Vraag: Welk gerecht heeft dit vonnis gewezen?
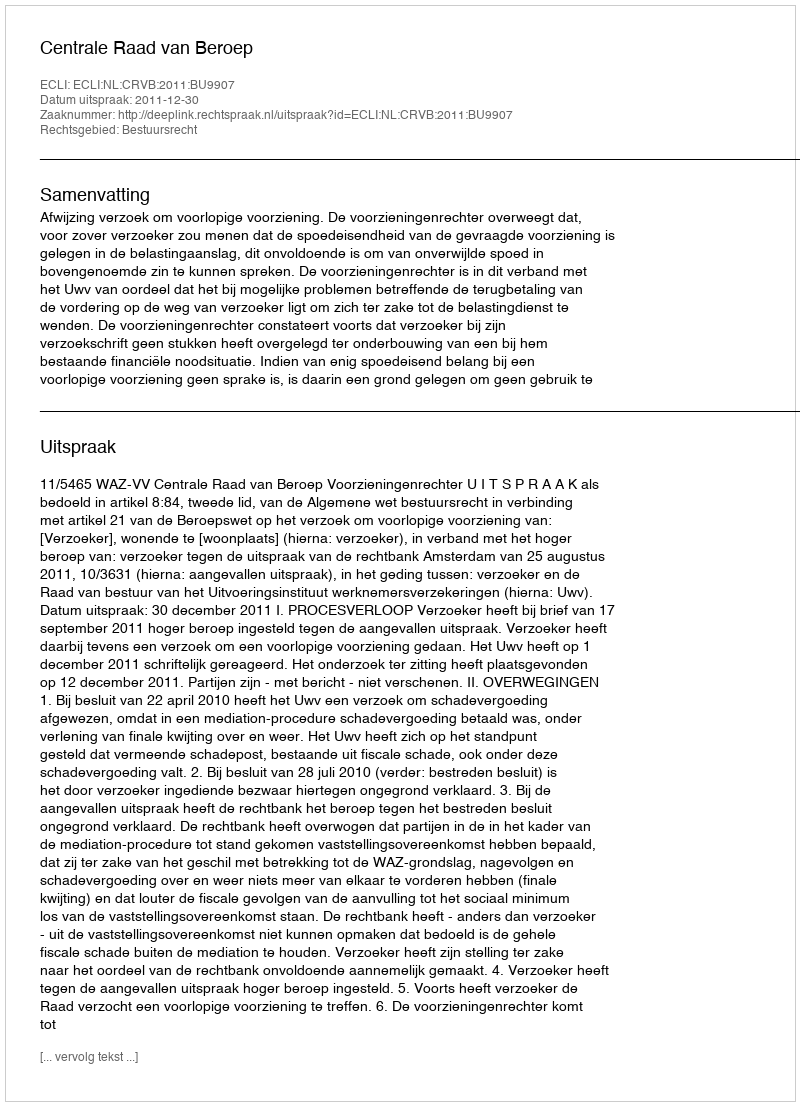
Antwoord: Centrale Raad van Beroep